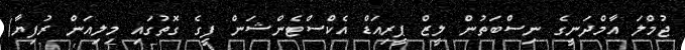
ޖުމްލަ އާމްދަނީގެ ނިސްބަތުން ލީޒް ޕީރިއަޑް އެކްސްޓެންޝަން ފީގެ ގޮތުގައި މިލިއަން ރުފިޔާ)